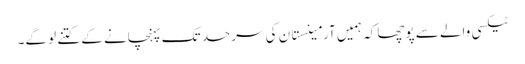
ٹیکسی والے سے پوچھا کہ ہمیں آرمینستان کی سرحد تک پہنچانے کے کتنے لو گے۔